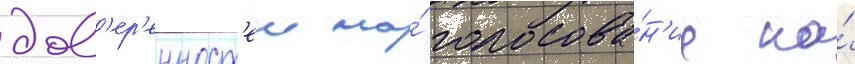
дов'ер'енност'еи на́ голосова́н'ие на́